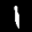
Label: 1